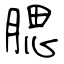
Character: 腮